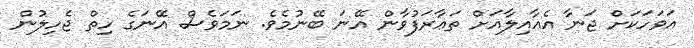
އަވަހަކަށް ޖަނާ އެޢާއިލާއަށް ތަޢާރަފުވާން އޭނަ ބޭނުމެވެ. ނަމަވެސް އޭނަގެ ހިތް ޖެހިލުން